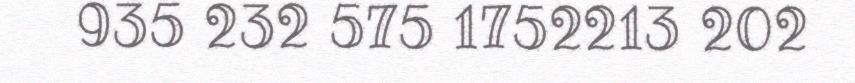
935 232 575 1752213 202